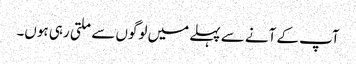
آپ کے آنے سے پہلے میں لوگوں سے ملتی رہی ہوں۔